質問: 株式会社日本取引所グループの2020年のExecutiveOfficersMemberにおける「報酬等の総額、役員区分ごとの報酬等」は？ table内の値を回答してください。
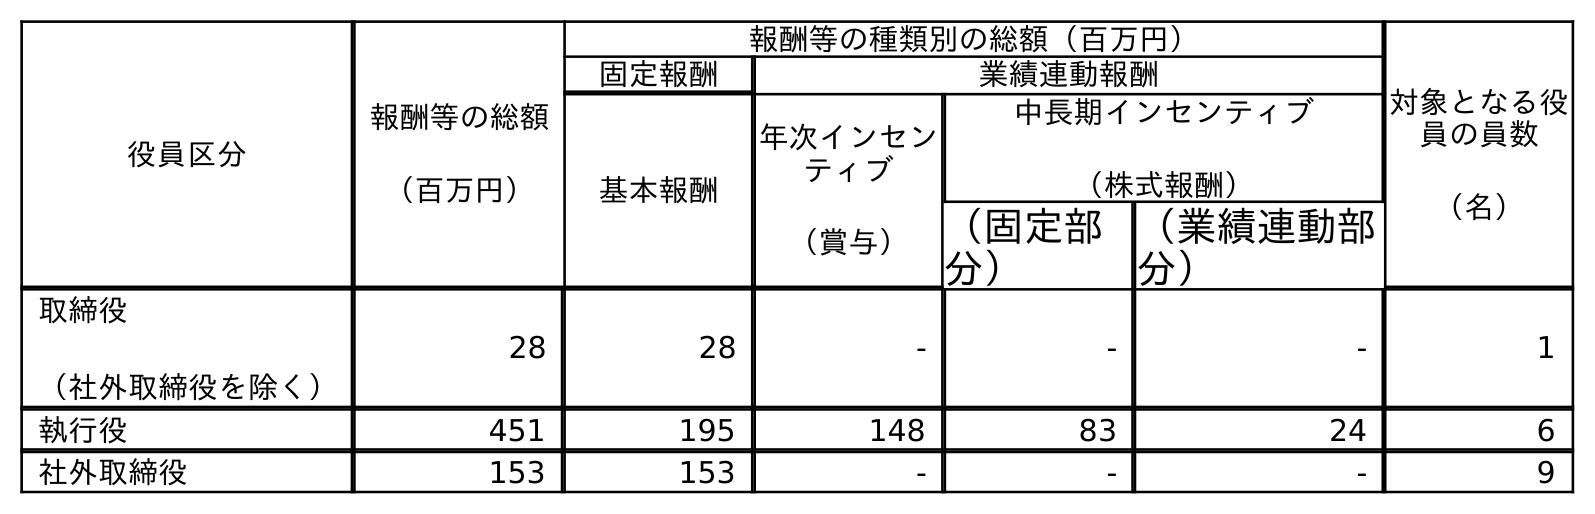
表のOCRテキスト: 役員区分 報酬等の総額 （百万円） 報酬等の種類別の総額（百万円） 対象となる役 員の員数 （名） 固定報酬 業績連動報酬 基本報酬 年次インセン ティブ （賞与） 中長期インセンティブ （株式報酬） （固定部 分） （業績連動部 分） 取締役 （社外取締役を除く） 28 28 - - - 1 執行役 451 195 148 83 24 6 社外取締役 153 153 - - - 9
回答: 451